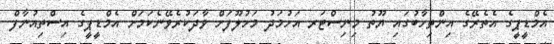
އެމްޑީޕީގެ އެތެރޭގެ އިންތިހާބުގައި ޔޫތު މިނިސްޓަރ އަހުމަދު މަހުލޫފަށް ވާދަކުރެވޭނެކަމަށް އެމްޑީޕީގެ އިސްތިއުނާފް